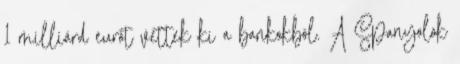
1 milliárd eurót vettek ki a bankokból. A Spanyolok